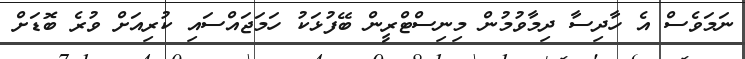
ނަމަވެސް އެ ހާދިސާ ދިމާވުމުން މިނިސްޓްރީން ބޭފުޅަކު ހަމަޖައްސައި ކުރިއަށް ވުރެ ބޮޑަށް